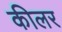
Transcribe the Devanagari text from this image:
कीलर